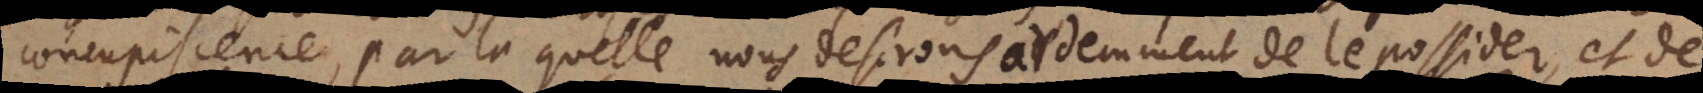
concupiscence, par laquelle nous desirons ardemment de le posseder, et de